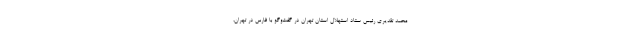
محمد تقدیری رئیس ستاد استهلال استان تهران در گفت‌وگو با فارس در تهران،